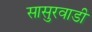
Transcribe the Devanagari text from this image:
सासुरवाडी